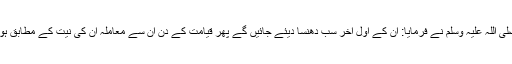
آپ صلی اللہ علیہ وسلم نے فرمایا: ان کے اول آخر سب دھنسا دیئے جائیں گے پھر قیامت کے دن ان سے معاملہ ان کی نیت کے مطابق ہو گا‘‘۔